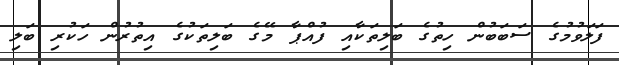
ފަލަވުމުގެ ސަބަބުން ހިތުގެ ބަލިތަކާއި ފުއްޕާ މޭގެ ބަލިތަކުގެ އިތުރުން ހަކުރި ބަލި